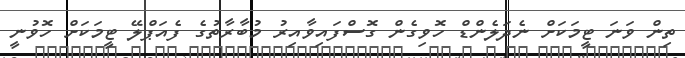
ތިން ވަނަ ޓީމަކަށް ނެދަލެންޑް ހޮވިގެން ގޮސްފައިވާއިރު މުބާރާތުގެ ފެއަޕްލޭ ޓީމަކަށް ހޮވުނީ